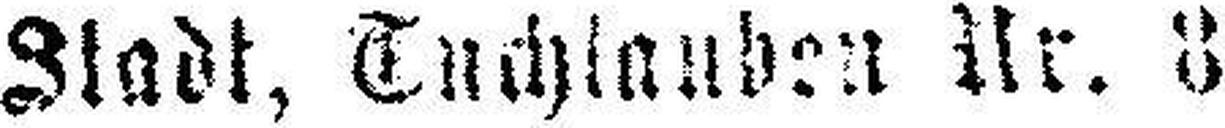
Stadt, Tuchlauben Nr. 8